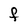
Character: F